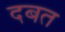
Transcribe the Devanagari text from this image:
दबत